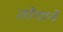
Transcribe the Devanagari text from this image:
तोंगाने